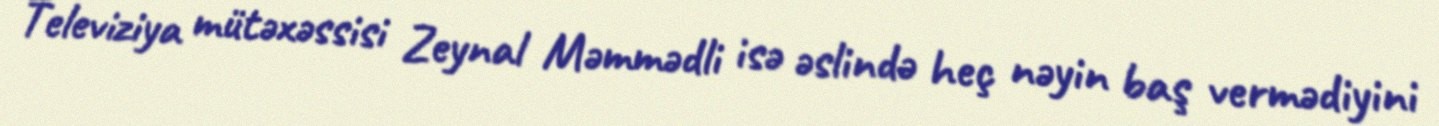
Televiziya mütəxəssisi Zeynal Məmmədli isə əslində heç nəyin baş vermədiyini